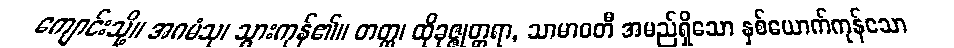
ကျောင်းသို့။ အဂမံသု၊ သွားကုန်၏။ တတ္ထ၊ ထိုခုဇ္ဇုတ္တရာ, သာမာဝတီ အမည်ရှိသော နှစ်ယောက်ကုန်သော